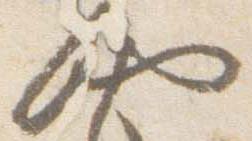
納